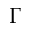
\Gamma